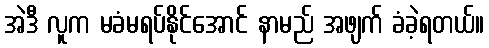
အဲဒီ လူက မခံမရပ်နိုင်အောင် နာမည် အဖျက် ခံခဲ့ရတယ်။